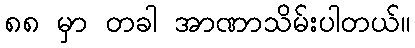
၈၈ မှာ တခါ အာဏာသိမ်းပါတယ်။